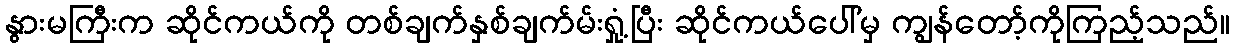
နွားမကြီးက ဆိုင်ကယ်ကို တစ်ချက်နှစ်ချက်မ်းရှုံ့ပြီး ဆိုင်ကယ်ပေါ်မှ ကျွန်တော့်ကိုကြည့်သည်။